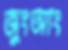
জুংআং